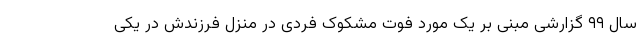
سال ۹۹ گزارشی مبنی بر یک مورد فوت مشکوک فردی در منزل فرزندش در یکی